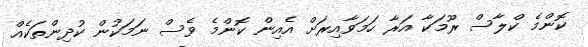
ކޮންމެ ކްލާސް ރޫމަކާ އަރާ ހަމަވާއިރަށް އެއިން ކޮންމެ ވެސް ނަމަކުން ކުދިންތަކެއް